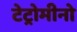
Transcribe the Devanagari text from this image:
टेट्रोमीनो